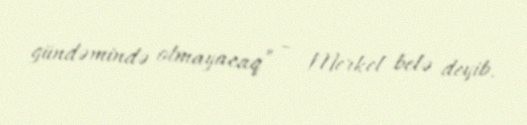
gündəmində olmayacaq” – Merkel belə deyib.